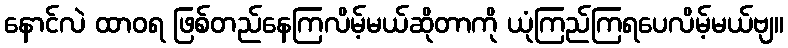
နောင်လဲ ထာဝရ ဖြစ်တည်နေကြလိမ့်မယ်ဆိုတာကို ယုံကြည်ကြရပေလိမ့်မယ်ဗျ။